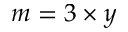
m = 3 \times y